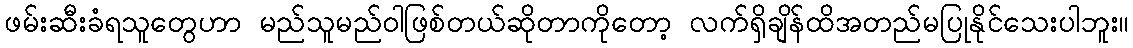
ဖမ်းဆီးခံရသူတွေဟာ မည်သူမည်ဝါဖြစ်တယ်ဆိုတာကိုတော့ လက်ရှိချိန်ထိအတည်မပြုနိုင်သေးပါဘူး။